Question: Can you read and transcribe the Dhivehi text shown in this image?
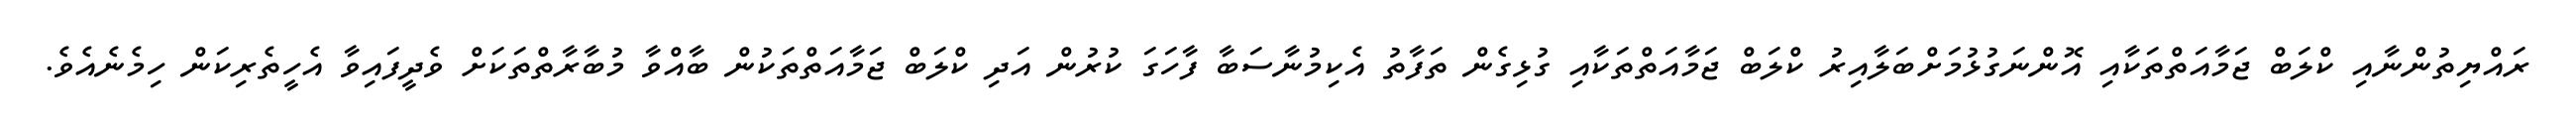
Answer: ރައްޔިތުންނާއި ކްލަބް ޖަމާއަތްތަކާއި އޮންނަގުޅުމަށްބަލާއިރު ކްލަބް ޖަމާއަތްތަކާއި ގުޅިގެން ތަފާތު އެކިމުނާސަބާ ފާހަގަ ކުރުން އަދި ކްލަބް ޖަމާއަތްތަކުން ބާއްވާ މުބާރާތްތަކަށް ވެދީފައިވާ އެހީތެރިކަން ހިމެނެއެވެ.